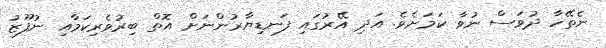
ނެތޭހާ ދުވަސް ނުވާ ކަމަށެވެ. އަދި އޭރުގައި ފަނޑިޔާރުންނަށް އޮތް ބިރުވެރިކަމާއި ނުފޫޒު